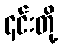
၄င်းတို့